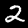
Label: 2